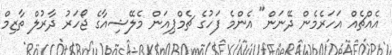
އެއްޗެއް އަހަރެމެން ދޭނަން" އެންމެ ފަހުގެ ޗެމްޕިއަން މެލޭޝިއާގެ ޖޯހަރު ދާރުލް ތާޒިމް